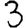
Digit: 3